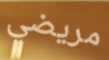
مريضي